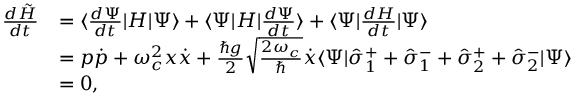
\begin{array} { r l } { \frac { d \tilde { H } } { d t } } & { = \langle \frac { d \Psi } { d t } | H | \Psi \rangle + \langle \Psi | H | \frac { d \Psi } { d t } \rangle + \langle \Psi | \frac { d H } { d t } | \Psi \rangle } \\ & { = p \dot { p } + \omega _ { c } ^ { 2 } x \dot { x } + \frac { \hbar g } { 2 } \sqrt { \frac { 2 \omega _ { c } } { \hbar } } \dot { x } \langle \Psi | \hat { \sigma } _ { 1 } ^ { + } + \hat { \sigma } _ { 1 } ^ { - } + \hat { \sigma } _ { 2 } ^ { + } + \hat { \sigma } _ { 2 } ^ { - } | \Psi \rangle } \\ & { = 0 , } \end{array}